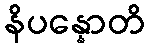
နိပန္နောတိ